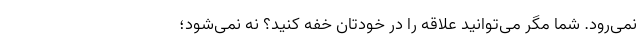
نمی‌رود. شما مگر می‌توانید علاقه را در خودتان خفه کنید؟ نه نمی‌شود؛